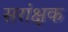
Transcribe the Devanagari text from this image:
सरांक्षक